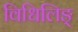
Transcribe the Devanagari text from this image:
विधिलिङ्